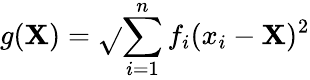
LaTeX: g(\mathbf{X})=\sqrt{}{{\sum\limits_{i=1}^{n}f_{i}(x_{i}-\mathbf{X})^{2}}}